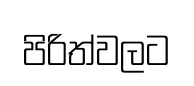
පිරිත්වලට